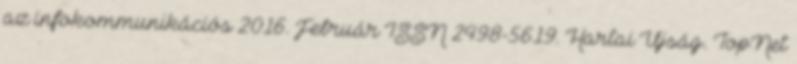
az infokommunikációs 2016. Február ISSN 2498-5619. Hartai Újság. TopNet